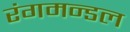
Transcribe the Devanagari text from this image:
रंगमन्डल